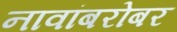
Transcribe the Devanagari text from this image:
नावांबरोबर